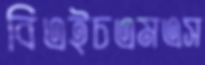
বিএইচএমএস